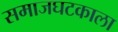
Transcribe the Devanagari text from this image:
समाजघटकाला